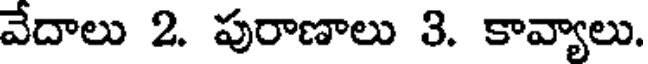
వేదాలు 2. పురాణాలు 3. కావ్యాలు.